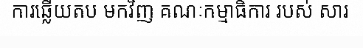
ការឆ្លើយតប មកវិញ គណៈកម្មាធិការ របស់ សារ